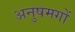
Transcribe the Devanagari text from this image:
अनुषमगों